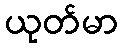
ယုတ်မာ